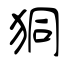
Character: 狪